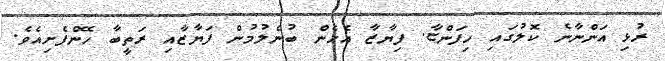
ރުޅި އަންނާނެ ކޮލުގައި ހިފަންޏާ. ފިޔާޒާ އެހެން ބުނެލުމުން ފަޔާޒާއި ރަތީބާ ހޭންފެށިއެވެ.